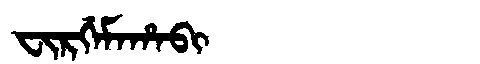
Manchu: ᠸᡳᡵᡤᡝᠮᠠᡥᠠᠪᡳ
Romanization: FIRGEMAHABI